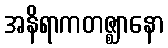
အနိရာကတဇ္ဈာနော